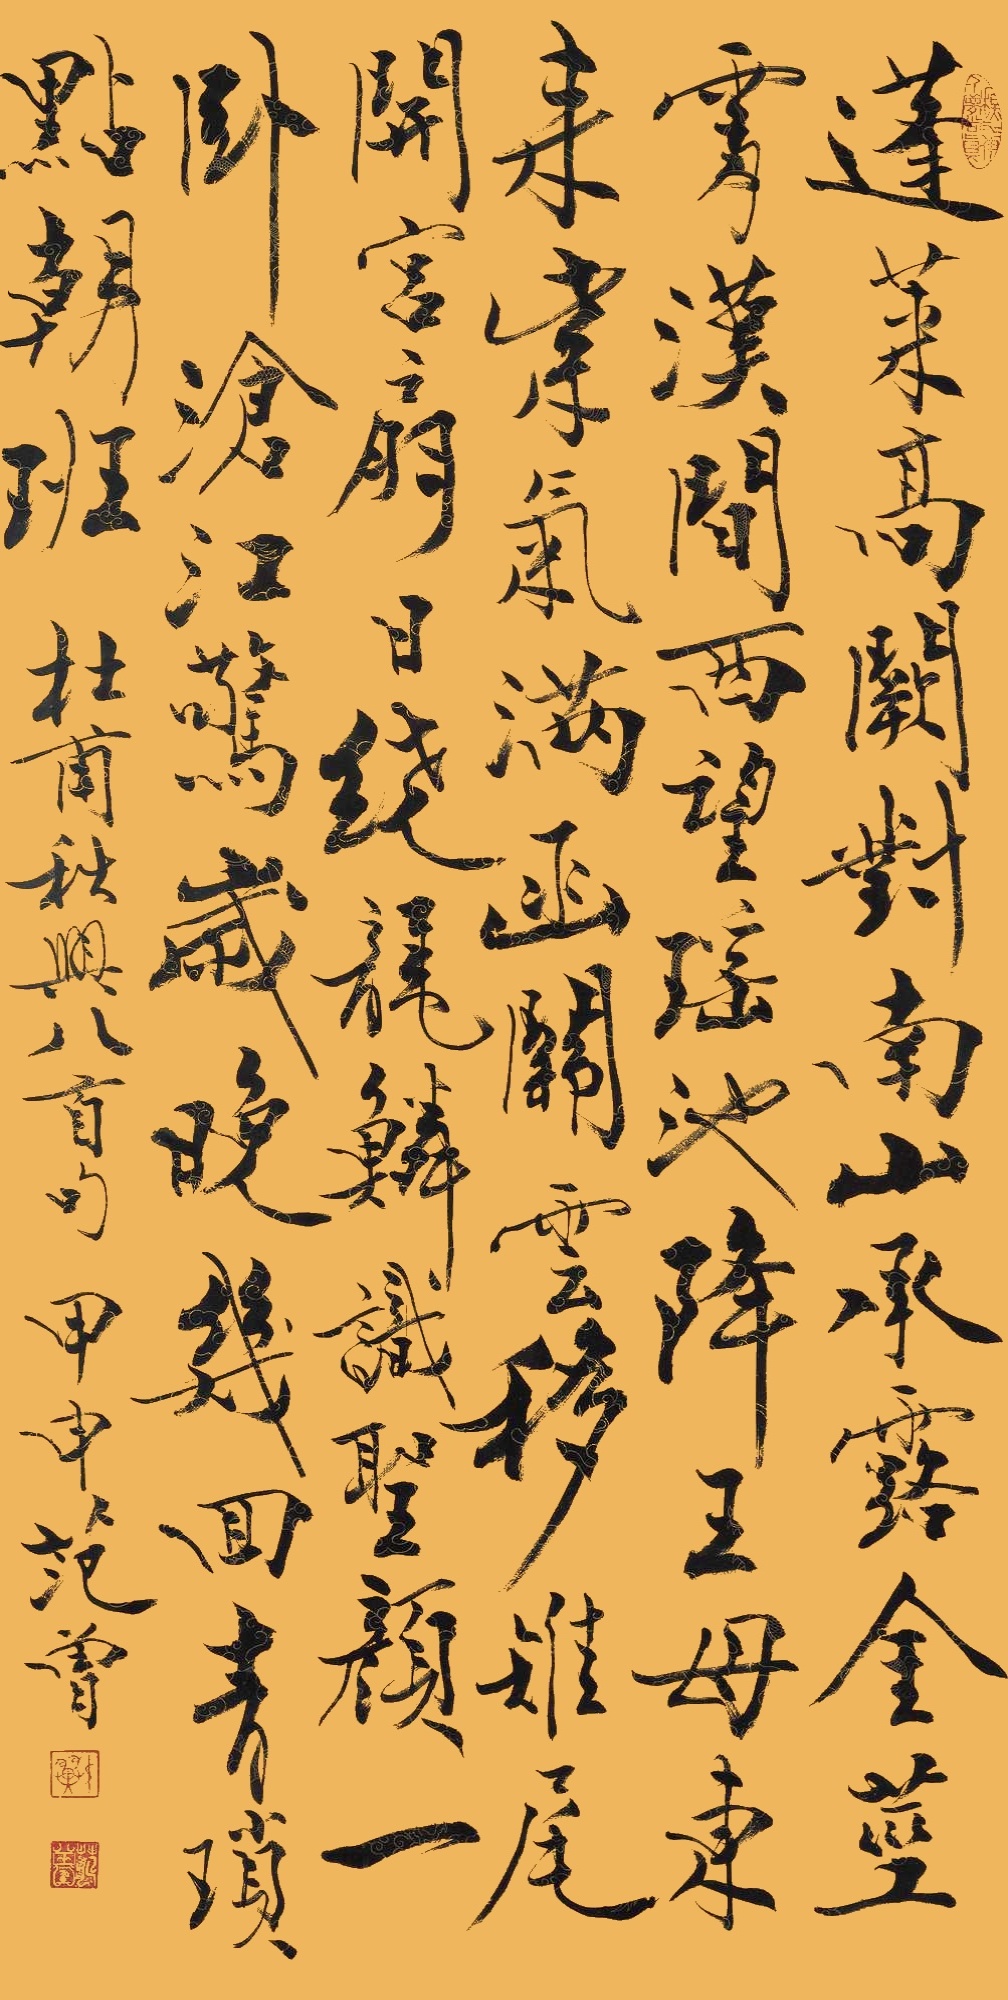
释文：蓬莱高阙对南山，承露金茎霄汉间。西望瑶池降王母，东来紫气满函关。云移雉尾开宫扇，日绕龙鳞识圣颜。一卧沧江惊岁晚，几回青琐点朝班。杜甫《秋兴八首》句。甲申，范曾。